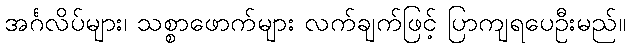
အင်္ဂလိပ်များ၊ သစ္စာဖောက်များ လက်ချက်ဖြင့် ပြာကျရပေဦးမည်။